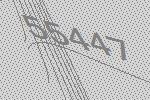
55447